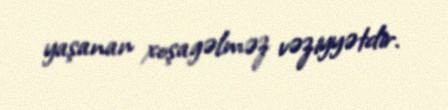
yaşanan xoşagəlməz vəziyyətdir.